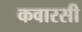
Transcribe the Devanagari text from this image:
कवारसी